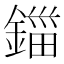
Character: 鍿